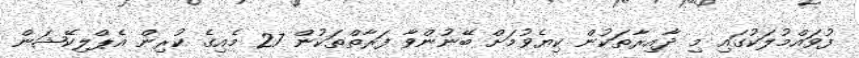
ފުވައްމުލަކުގައި މި ދާއިރާތަކުން ކިޔެވުމަށް ބޭނުންވާ ފަރާތްތަކުން 27 މެއިގެ ކުރިން އެޕްލިކޭޝަން